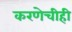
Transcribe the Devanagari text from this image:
करणेचीही